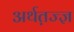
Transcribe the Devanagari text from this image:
अर्थत़ज्ज्ञ